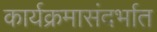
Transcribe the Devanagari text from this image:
कार्यक्रमासंदर्भात